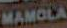
MAMOLA